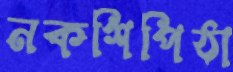
নকশিপিঠা